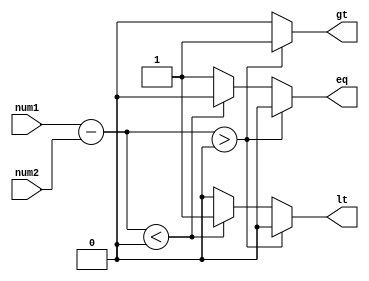
module Unsigned_Comparator (
    input [7:0] num1,
    input [7:0] num2,
    output reg gt, // num1 greater than num2
    output reg lt, // num1 less than num2
    output reg eq  // num1 equal to num2
);

reg [7:0] diff;

// Subtract num2 from num1
always @(*) begin
    diff = num1 - num2;
end

// Determine the comparison result based on the sign bit of diff
always @(*) begin
    if (diff > 0)
        begin
        gt = 1;
        lt = 0;
        eq = 0;
        end
    else if (diff < 0)
        begin
        gt = 0;
        lt = 1;
        eq = 0;
        end
    else
        begin
        gt = 0;
        lt = 0;
        eq = 1;
        end
end

endmodule